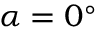
\alpha = 0 ^ { \circ }